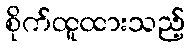
စိုက်ထူထားသည့်